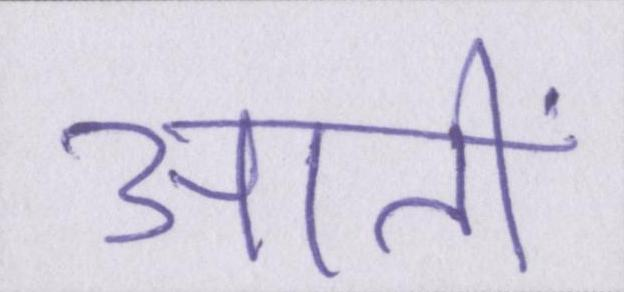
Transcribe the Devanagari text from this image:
आतीं